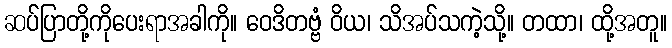
ဆပ်ပြာတို့ကိုပေးရာအခါကို။ ဝေဒိတဗ္ဗံ ဝိယ၊ သိအပ်သကဲ့သို့။ တထာ၊ ထို့အတူ။